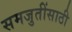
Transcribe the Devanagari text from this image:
समजुतींसाठी